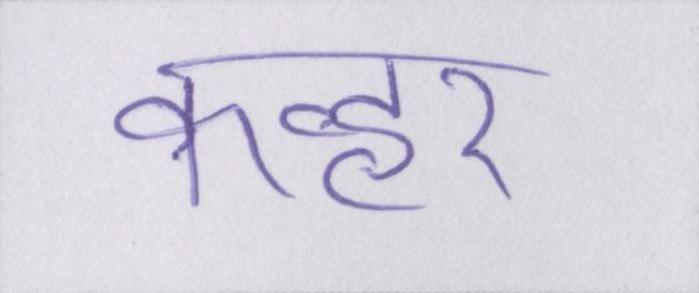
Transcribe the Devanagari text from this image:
कव्हर